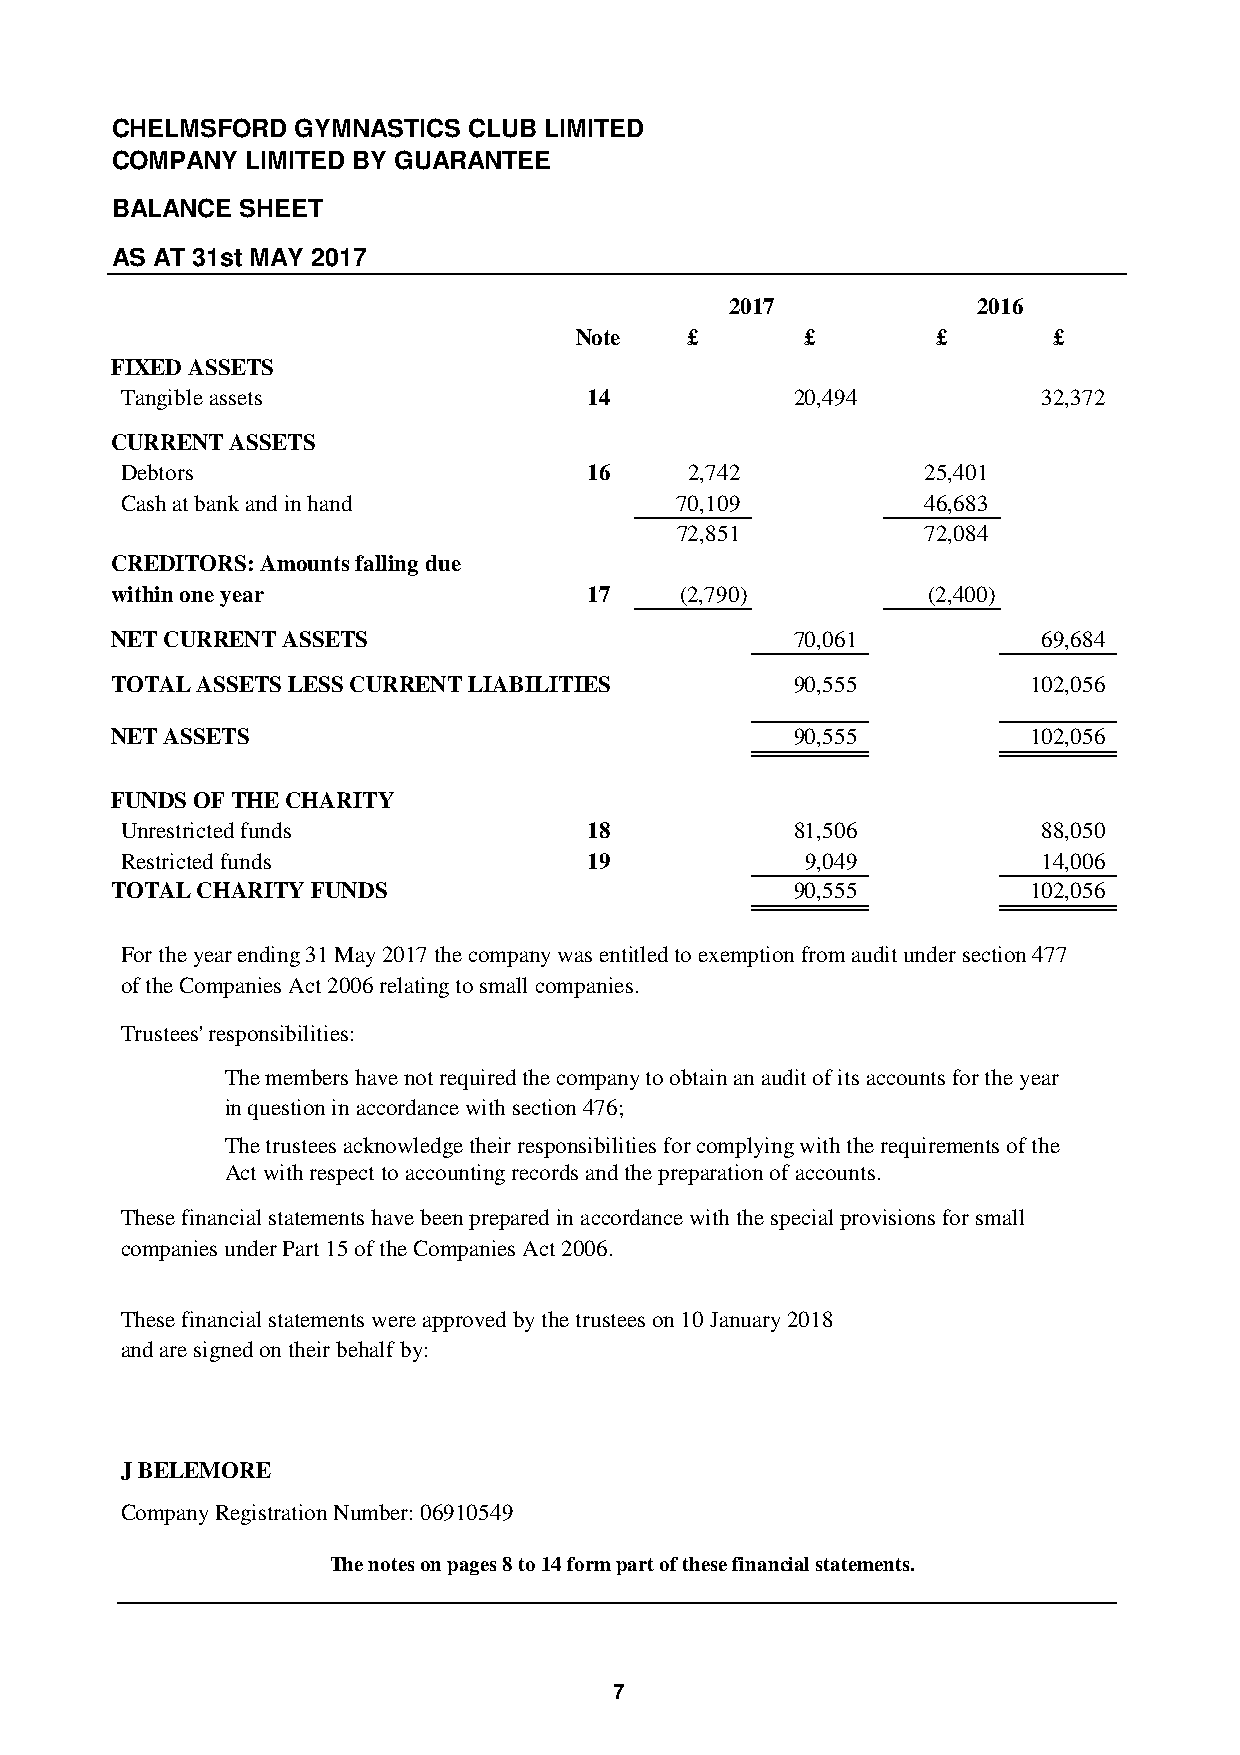
CHELMSFORD   GYMNASTICS CLUB LIMITED
 COMPANY  LIMITED BY GUARANTEE
 BALANCE  SHEET
 AS AT 31st MAY 2017
 2017             2016
 Note    £      £        £       £
 FIXED ASSETS
 Tangible assets                14            20,494          32,372
 CURRENT ASSETS
 Debtors                        16     2,742          25,401
 Cash at bank and in hand             70,109          46,683
 72,851          72,084
 CREDITORS: Amounts falling due
 within one year                 17    (2,790)         (2,400)
 NET CURRENT ASSETS                            70,061          69,684
 TOTAL ASSETS LESS CURRENT LIABILITIES         90,555         102,056
 NET ASSETS                                    90,555         102,056
 FUNDS OF THE CHARITY
 Unrestricted funds             18            81,506          88,050
 Restricted funds               19            9,049           14,006
 TOTAL CHARITY FUNDS                           90,555         102,056
 For the year ending 31 May 2017 the company was entitled to exemption from audit under section 477
 of the Companies Act 2006 relating to small companies.
 Trustees' responsibilities:
 The members have not required the company to obtain an audit of its accounts for the year
 in question in accordance with section 476;
 The trustees acknowledge their responsibilities for complying with the requirements of the
 Act with respect to accounting records and the preparation of accounts.
 These financial statements have been prepared in accordance with the special provisions for small
 companies under Part 15 of the Companies Act 2006.
 These financial statements were approved by the trustees on 10 January 2018
 and are signed on their behalf by:
 J BELEMORE
 Company Registration Number: 06910549
 The notes on pages 8 to 14 form part of these financial statements.
 7